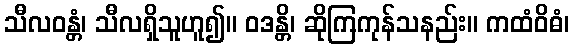
သီလဝန္တံ၊ သီလရှိသူဟူ၍။ ဝဒန္တိ၊ ဆိုကြကုန်သနည်း။ ကထံဝိဓံ၊